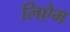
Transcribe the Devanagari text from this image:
लिऐम